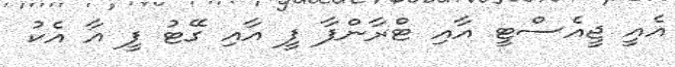
އެއީ ޖީއެސްޓީ އާއި ޓްރާންފާ ފީ އާއި ގޭޓު ފީ އާ އެކު